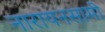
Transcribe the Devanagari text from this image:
नारायनसामी